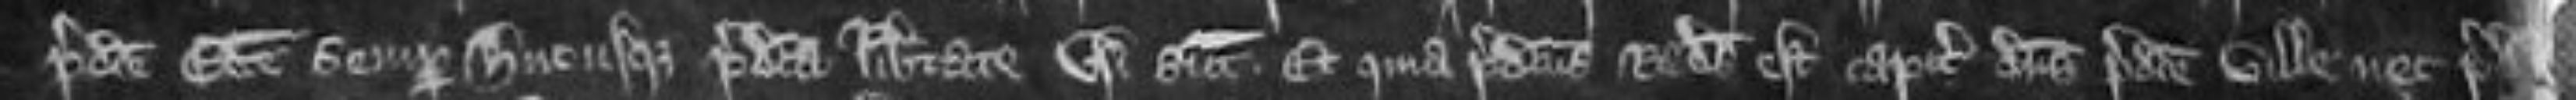
predicte ecclesie hucusque predicta libertate usi sunt. Et quia predictus Radulfus est capitalis dominus predicte ville nec predictus